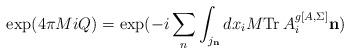
LaTeX: \begin{align*}{\rm exp}(4\pi M i Q) = {\rm exp}(-i\sum_{n} \int_{j_{{\bf n}}}d x_i M {\rm Tr}\, A^{g[A,\Sigma]}_{i} {\bf n})\end{align*}